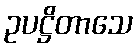
ဥပဋ္ဌိတာသေ